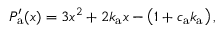
P _ { \mathrm { a } } ^ { \prime } ( x ) = 3 x ^ { 2 } + 2 k _ { \mathrm { a } } x - \left( 1 + c _ { \mathrm { a } } k _ { \mathrm { a } } \right) ,